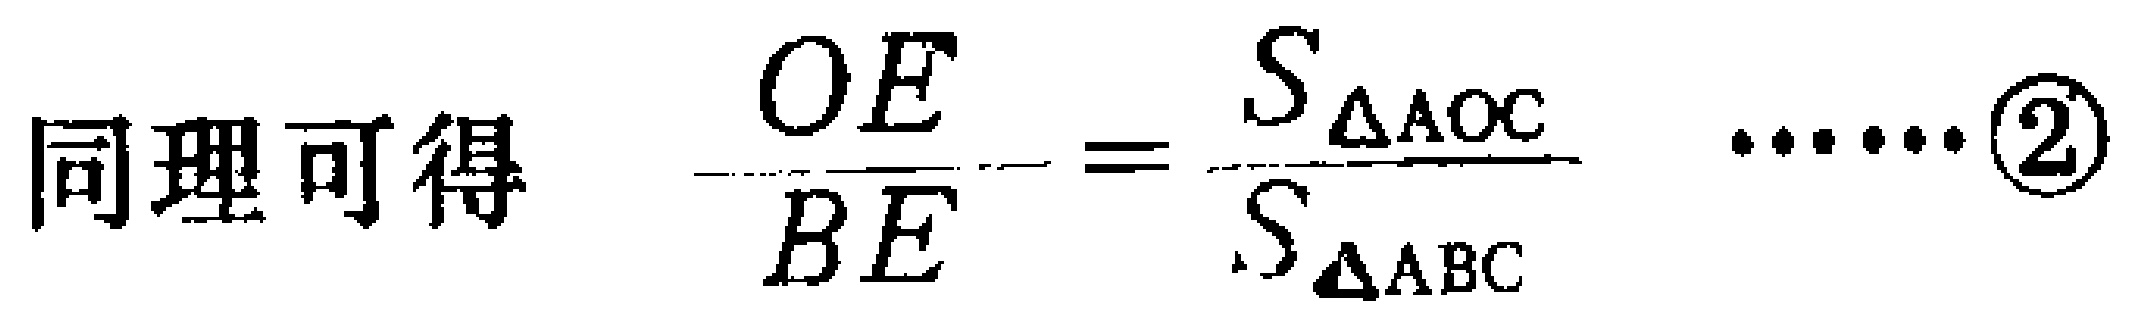
同理可得 $\dfrac{OE}{BE}=\dfrac{S_{\triangle AOC}}{S_{\triangle ABC}}\cdots\cdots\textcircled{2}$